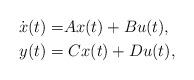
LaTeX: \begin{align*}\dot{x}(t)= & Ax(t)+Bu(t), \\y(t) = & \; C x(t) + Du(t),\end{align*}